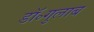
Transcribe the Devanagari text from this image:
डॉ॰गुलाब